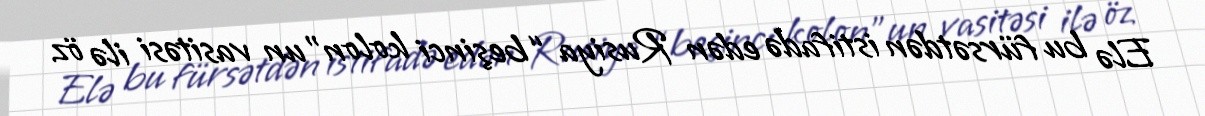
Elə bu fürsətdən istifadə edən Rusiya “beşinci kolon”un vasitəsi ilə öz